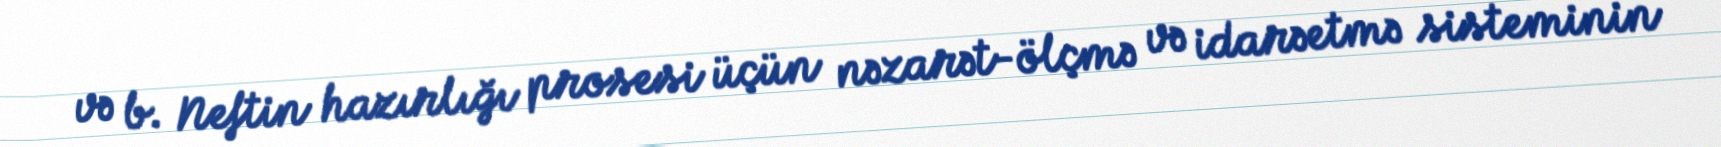
və b. Neftin hazırlığı prosesi üçün nəzarət-ölçmə və idarəetmə sisteminin